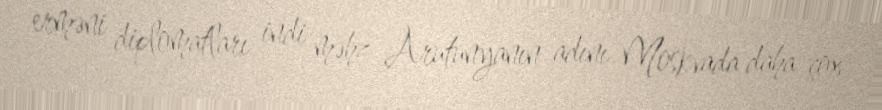
erməni diplomatları indi məhz Arutunyanın adını Moskvada daha çox